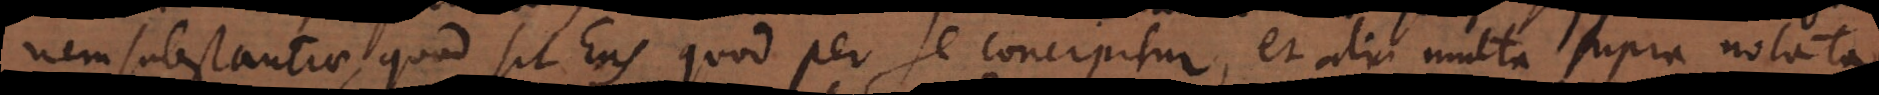
nem substantiae, quod sit Ens quod per se concipitur, et alia multa supra notata